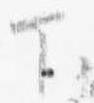
下